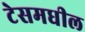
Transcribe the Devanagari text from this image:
टेसमधील